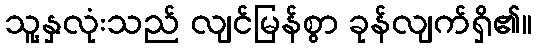
သူ့နှလုံးသည် လျင်မြန်စွာ ခုန်လျက်ရှိ၏။